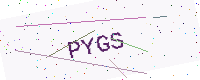
Text: PYGS